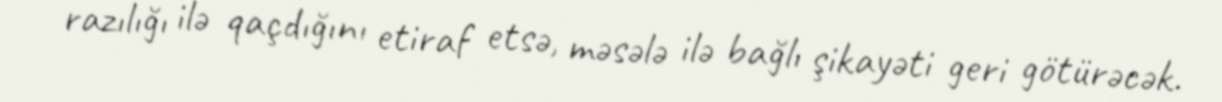
razılığı ilə qaçdığını etiraf etsə, məsələ ilə bağlı şikayəti geri götürəcək.